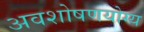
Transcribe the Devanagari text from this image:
अवशोषणयोग्य